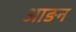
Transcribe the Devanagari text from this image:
आङन